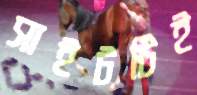
সাইটটিই